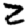
Digit: 2